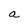
Character: a